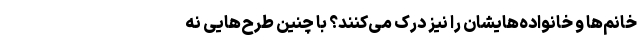
خانم‌ها و خانواده‌هایشان را نیز درک می‌کنند؟ با چنین طرح‌هایی نه